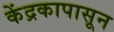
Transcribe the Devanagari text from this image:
केंद्रकापासून